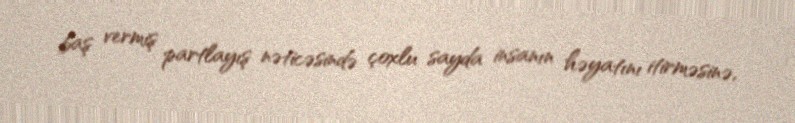
baş vermiş partlayış nəticəsində çoxlu sayda insanın həyatını itirməsinə,